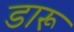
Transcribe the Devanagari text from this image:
डारू